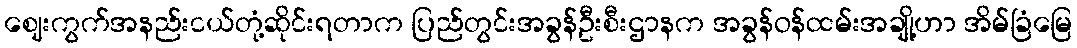
ဈေးကွက်အနည်းငယ်တုံ့ဆိုင်းရတာက ပြည်တွင်းအခွန်ဦးစီးဌာနက အခွန်ဝန်ထမ်းအချို့ဟာ အိမ်ခြံမြေ